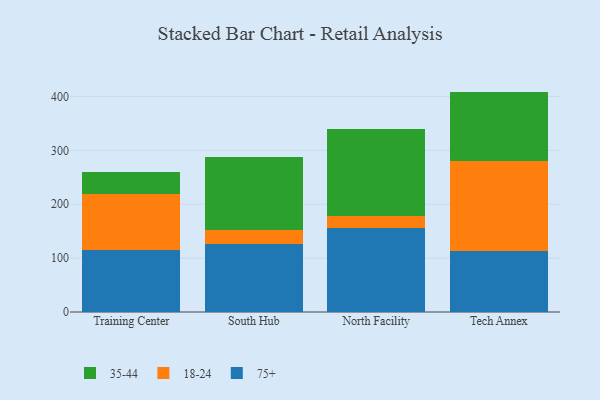
{"axis": {"x": "Campus", "y": "Customer Acquisition Cost (USD)"}, "legend": ["18-24", "35-44", "75+"], "data": [{"x": "Training Center", "y": 114.8, "type": "75+"}, {"x": "Training Center", "y": 104.7, "type": "18-24"}, {"x": "Training Center", "y": 40.0, "type": "35-44"}, {"x": "South Hub", "y": 126.6, "type": "75+"}, {"x": "South Hub", "y": 26.0, "type": "18-24"}, {"x": "South Hub", "y": 134.6, "type": "35-44"}, {"x": "North Facility", "y": 155.2, "type": "75+"}, {"x": "North Facility", "y": 22.4, "type": "18-24"}, {"x": "North Facility", "y": 162.6, "type": "35-44"}, {"x": "Tech Annex", "y": 112.9, "type": "75+"}, {"x": "Tech Annex", "y": 167.7, "type": "18-24"}, {"x": "Tech Annex", "y": 128.4, "type": "35-44"}]}